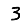
Digit: 3